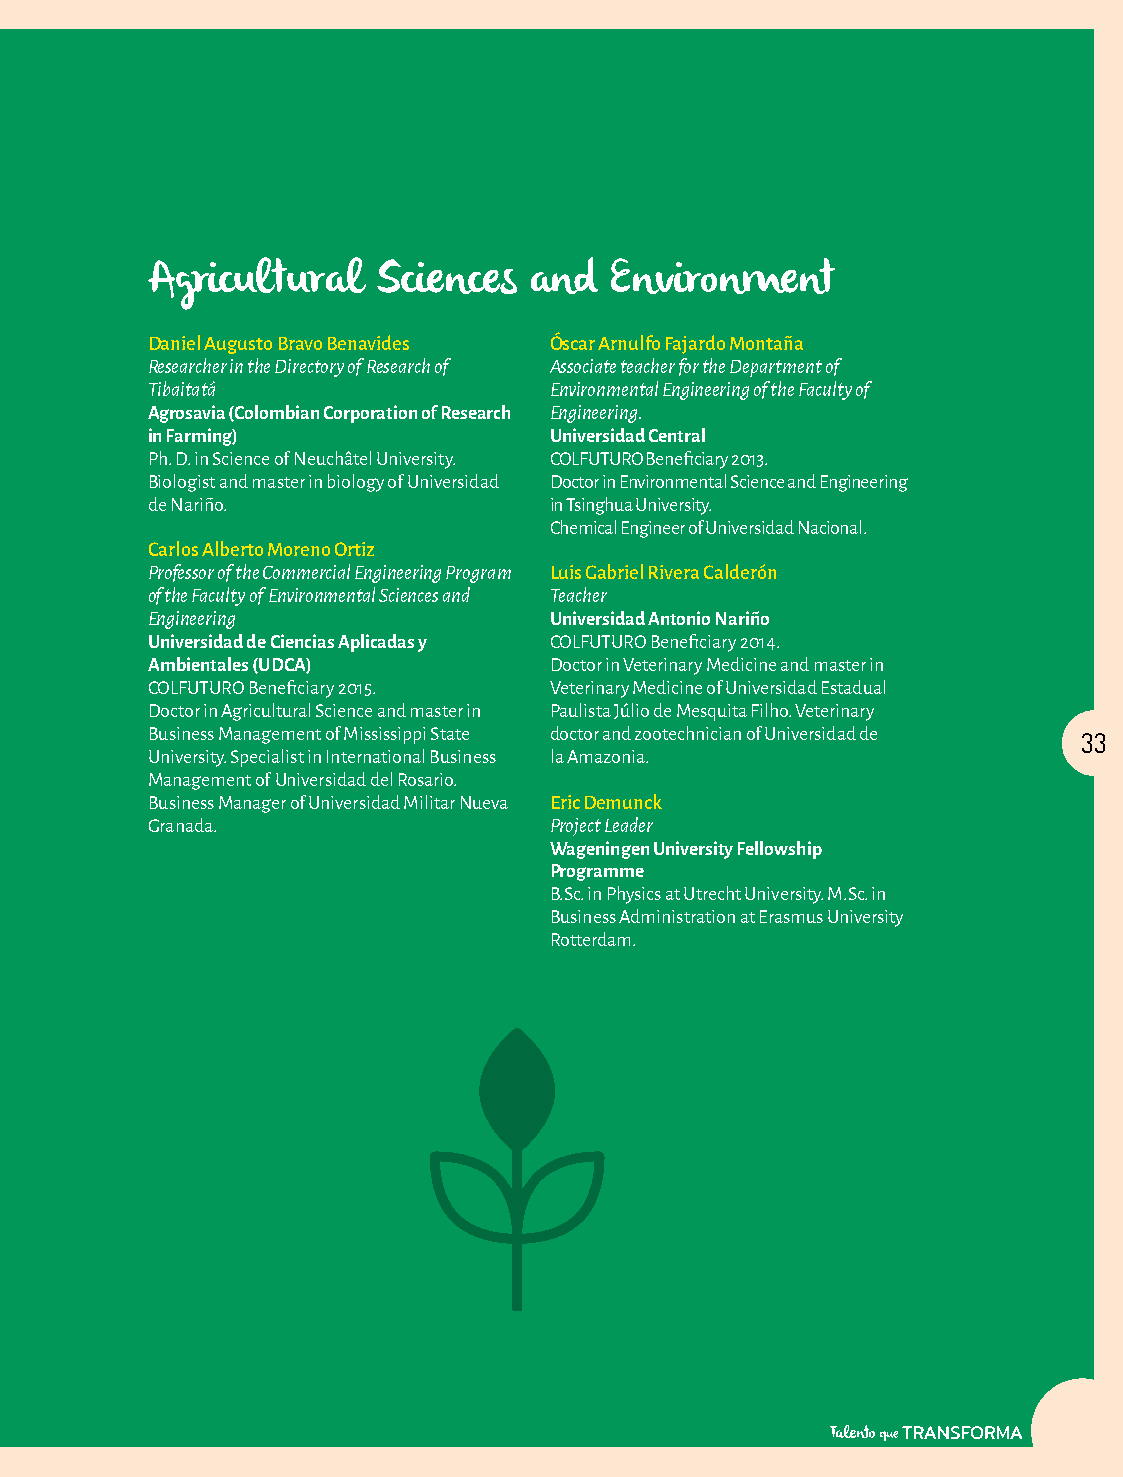
Agricultural   Sciences  and  Environment
 Daniel Augusto Bravo Benavides Óscar Arnulfo Fajardo Montaña
 Researcher in the Directory of Research of Associate teacher for the Department of
 Tibaitatá                 Environmental Engineering of the Faculty of
 Agrosavia (Colombian Corporation of Research Engineering.
 in Farming)               Universidad Central
 Ph. D. in Science of Neuchâtel University. COLFUTURO Beneficiary 2013.
 Biologist and master in biology of Universidad Doctor in Environmental Science and Engineering
 de Nariño.                in Tsinghua University.
 Chemical Engineer of Universidad Nacional.
 Carlos Alberto Moreno Ortiz
 Professor of the Commercial Engineering Program Luis Gabriel Rivera Calderón
 of the Faculty of Environmental Sciences and Teacher
 Engineering               Universidad Antonio Nariño
 Universidad de Ciencias Aplicadas y COLFUTURO Beneficiary 2014.
 Ambientales (UDCA)        Doctor in Veterinary Medicine and master in
 COLFUTURO Beneficiary 2015. Veterinary Medicine of Universidad Estadual
 Doctor in Agricultural Science and master in Paulista Júlio de Mesquita Filho. Veterinary
 Business Management of Mississippi State doctor and zootechnician of Universidad de 33
 University. Specialist in International Business la Amazonia.
 Management of Universidad del Rosario.
 Business Manager of Universidad Militar Nueva Eric Demunck
 Granada.                  Project Leader
 Wageningen University Fellowship
 Programme
 B.Sc. in Physics at Utrecht University. M.Sc. in
 Business Administration at Erasmus University
 Rotterdam.